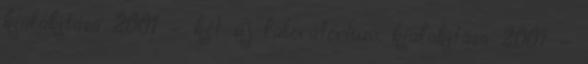
kialakítása 2001 – két új laboratórium kialakítása 2001 –